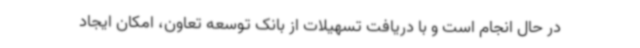
در حال انجام است و با دریافت تسهیلات از بانک توسعه تعاون، امکان ایجاد